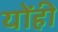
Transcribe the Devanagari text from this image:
योंही